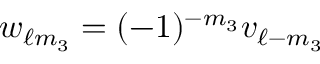
w _ { \ell m _ { 3 } } = ( - 1 ) ^ { - m _ { 3 } } v _ { \ell - m _ { 3 } }